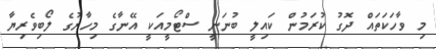
މި ވާހަކަތައް ދޮގު ކުރަމުން ކައިލީ ބުނަނީ ސްޓޯމީއަކީ އޭނާގެ މިހާރުގެ ލޯބިވެރިޔާ